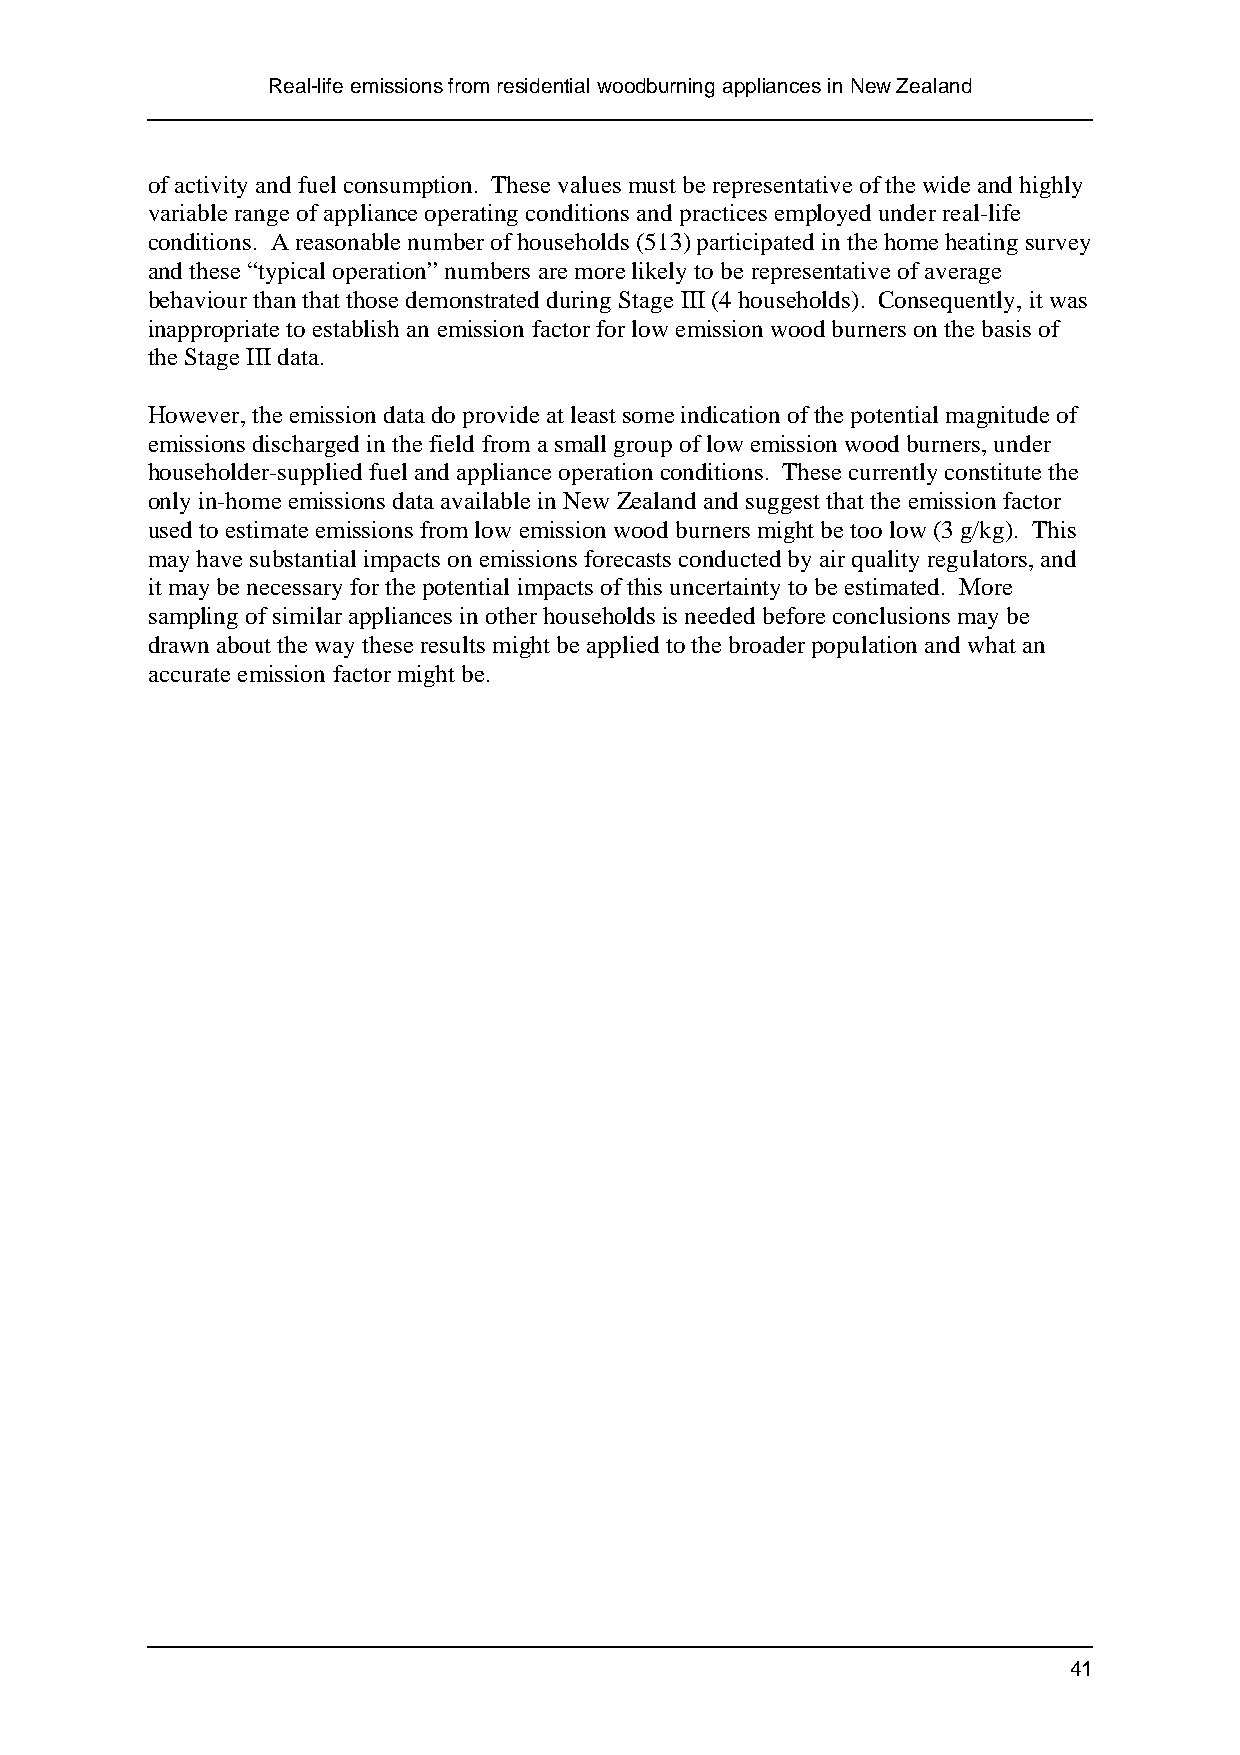
Real-life emissions from residential woodburning appliances in New Zealand
 of activity and fuel consumption. These values must be representative of the wide and highly
 variable range of appliance operating conditions and practices employed under real-life
 conditions. A reasonable number of households (513) participated in the home heating survey
 and these “typical operation” numbers are more likely to be representative of average
 behaviour than that those demonstrated during Stage III (4 households). Consequently, it was
 inappropriate to establish an emission factor for low emission wood burners on the basis of
 the Stage III data.
 However, the emission data do provide at least some indication of the potential magnitude of
 emissions discharged in the field from a small group of low emission wood burners, under
 householder-supplied fuel and appliance operation conditions. These currently constitute the
 only in-home emissions data available in New Zealand and suggest that the emission factor
 used to estimate emissions from low emission wood burners might be too low (3 g/kg). This
 may have substantial impacts on emissions forecasts conducted by air quality regulators, and
 it may be necessary for the potential impacts of this uncertainty to be estimated. More
 sampling of similar appliances in other households is needed before conclusions may be
 drawn about the way these results might be applied to the broader population and what an
 accurate emission factor might be.
 41